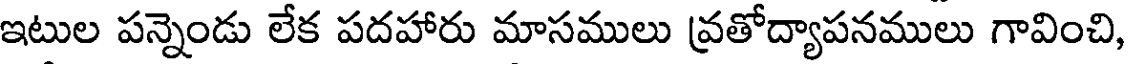
ఇటుల పన్నెండు లేక పదహారు మాసములు వ్రతోద్యాపనములు గావించి,